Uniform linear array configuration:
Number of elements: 4
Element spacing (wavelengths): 1
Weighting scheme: binomial
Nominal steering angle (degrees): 30
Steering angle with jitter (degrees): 29.168
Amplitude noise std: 0.05
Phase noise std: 0.05

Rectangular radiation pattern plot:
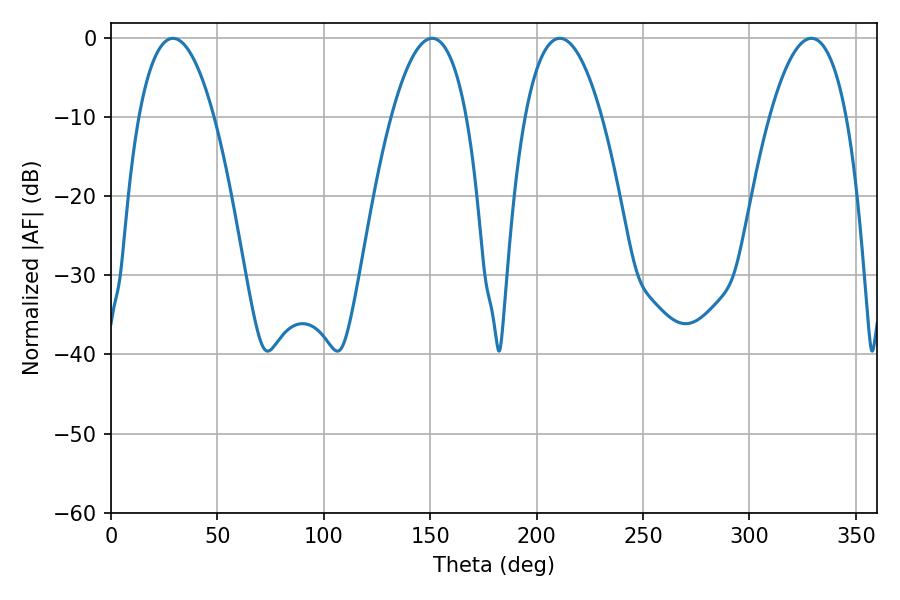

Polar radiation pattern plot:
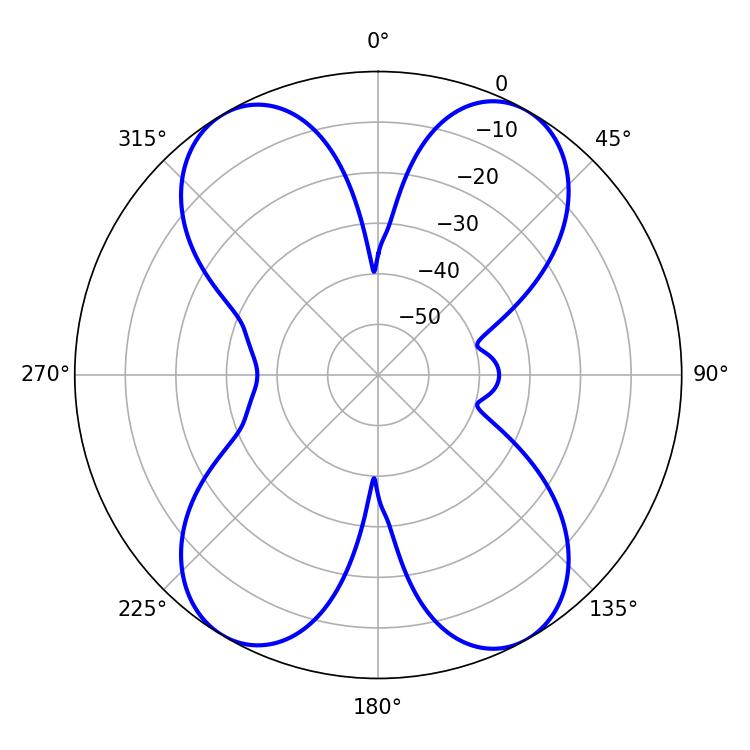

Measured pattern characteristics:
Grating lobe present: TRUE
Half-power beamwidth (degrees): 19.62
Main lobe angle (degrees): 29.16